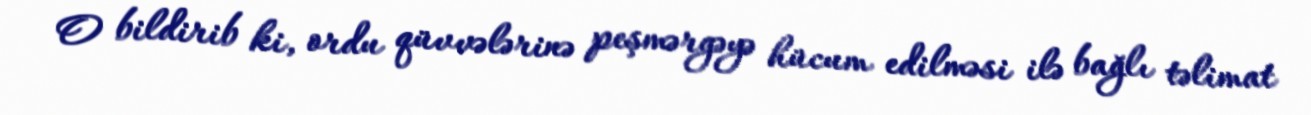
O bildirib ki, ordu qüvvələrinə peşmərgəyə hücum edilməsi ilə bağlı təlimat